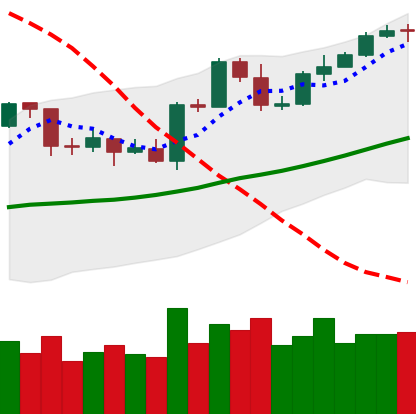
Ticker: ETH-USD
Chart end date: 2020-04-27
Forward return: 9.178%
Label: up_7plus